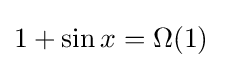
1+\sin x=\Omega (1)\quad